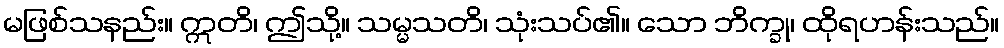
မဖြစ်သနည်း။ ဣတိ၊ ဤသို့။ သမ္မသတိ၊ သုံးသပ်၏။ သော ဘိက္ခု၊ ထိုရဟန်းသည်။